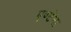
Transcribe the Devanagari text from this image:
एण्टेना